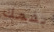
بفمك